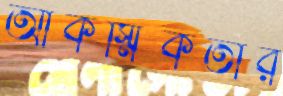
আকস্মিকতার